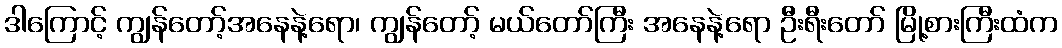
ဒါကြောင့် ကျွန်တော့်အနေနဲ့ရော၊ ကျွန်တော့် မယ်တော်ကြီး အနေနဲ့ရော ဦးရီးတော် မြို့စားကြီးထံက